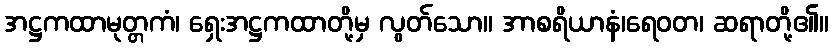
အဋ္ဌကထာမုတ္တကံ၊ ရှေးအဋ္ဌကထာတို့မှ လွတ်သော။ အာစရိယာနံ၊ရေဝတ၊ ဆရာတို့၏။